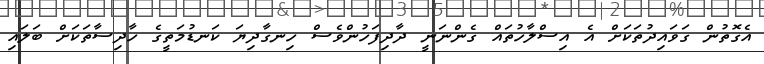
އެގޮތުން ގަވައިދުތަކަށް އެ އިސްލާހުތައް ގެންނަނީ ދާދިފަހުންވެސް ހިނގާދިޔަ ކަނޑުމަތީގެ ހާދިސާތަކަށް ބަލައި